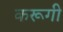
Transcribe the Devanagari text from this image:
करूगी